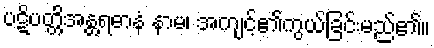
ပဋိပတ္တိအန္တရဓာနံ နာမ၊ အကျင့်၏ကွယ်ခြင်းမည်၏။